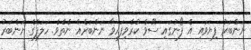
ނަންބަރު ފިޔަވައި އެ ފޯނުގައި ސޭވް ކުރެވިފައިވާ ނަންބަރެއް ނެތެވެ. ހަލަފްގެ ނަންބަރު